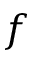
f